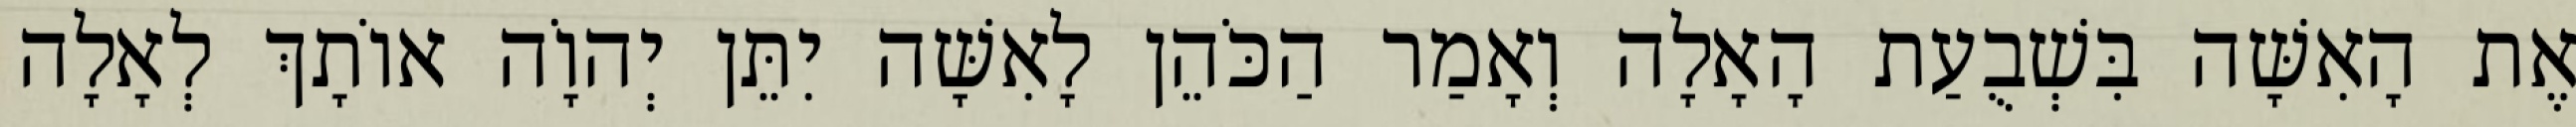
אֶת הָאִשָּׁה בִּשְׁבֻעַת הָאָלָה וְאָמַר הַכֹּהֵן לָאִשָּׁה יִתֵּן יְהוָֹה אוֹתָךְ לְאָלָה